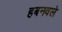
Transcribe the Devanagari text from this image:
हबनवले